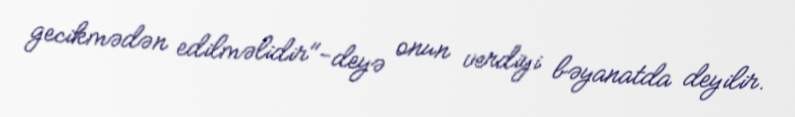
gecikmədən edilməlidir"-deyə onun verdiyi bəyanatda deyilir.